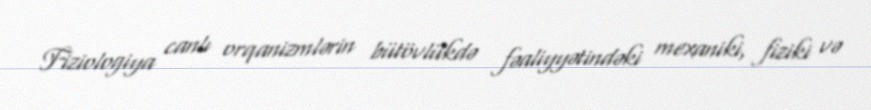
Fiziologiya canlı orqanizmlərin bütövlükdə fəaliyyətindəki mexaniki, fiziki və